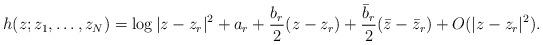
LaTeX: \begin{align*}h(z;z_{1},\ldots,z_{N})=\log|z-z_{r}|^{2} + a_{r} + \frac{b_{r}}{2}(z-z_{r}) + \frac{\bar{b}_{r}}{2}(\bar{z}-\bar{z}_{r})+O(|z-z_{r}|^{2}).\end{align*}